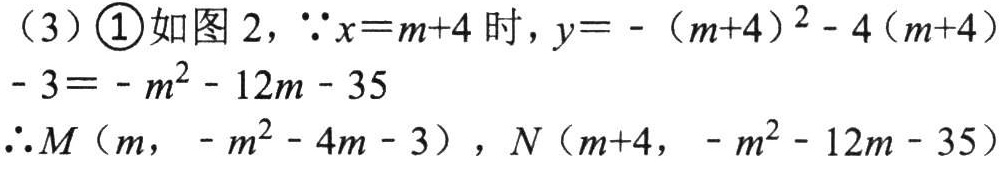
（3）\textcircled{1}如图 2，\(\because x = m + 4\)时，\(y=-(m + 4)^{2}-4(m + 4)-3=-m^{2}-12m - 35\)
\(\therefore M(m,-m^{2}-4m - 3)\)，\(N(m + 4,-m^{2}-12m - 35)\)